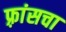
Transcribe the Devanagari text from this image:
फ़्रांसचा